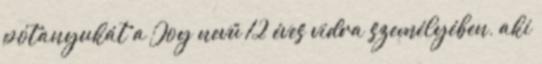
pótanyukát a Joy nevű 12 éves vidra személyében, aki